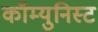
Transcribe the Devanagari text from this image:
कॉम्युनिस्ट